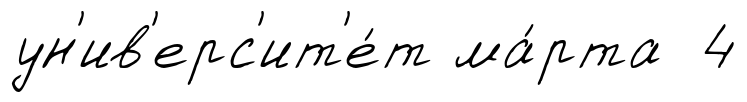
ун'ив'ерс'ит'е́т ма́рта 4